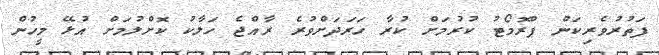
ފަތުރުވެރިކަން ޕްރޮމޯޓު ކުރުމަށް ކުރާ ހަރަދަށްވުރެ ރާއްޖެ ހަލާކު ކޮށްލުމަށް އުޅޭ މީހުން